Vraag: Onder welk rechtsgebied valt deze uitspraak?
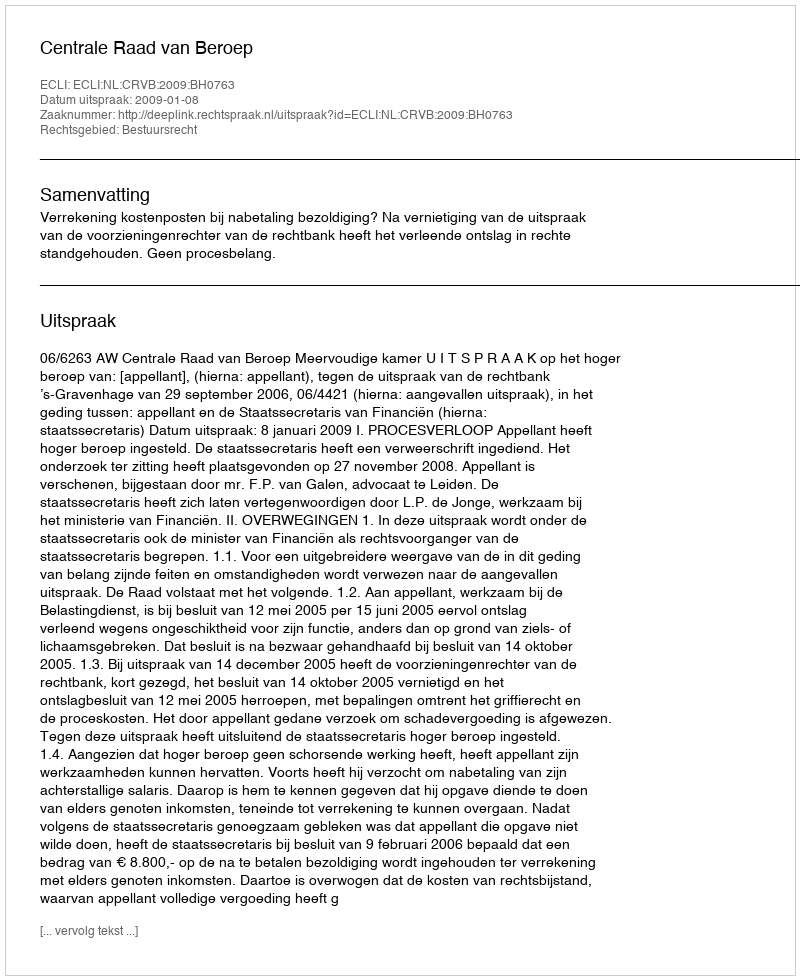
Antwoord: Bestuursrecht